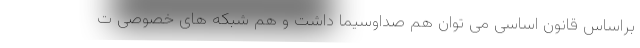
براساس قانون اساسی می توان هم صداوسیما داشت و هم شبکه های خصوصی ت